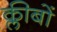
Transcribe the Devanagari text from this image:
क्लीबों